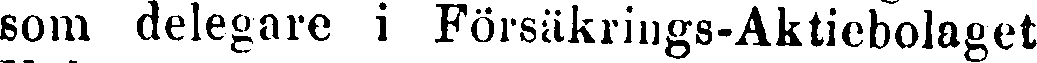
som delegare i Försäkrings-Aktiebolaget